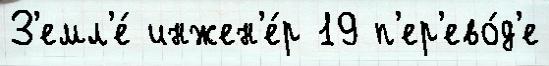
З'емл'е́ инжен'е́р 19 п'ер'ево́д'е